Memorandum on the prevention of leprosy by segregation of the affected
Disease focus: Leprosy
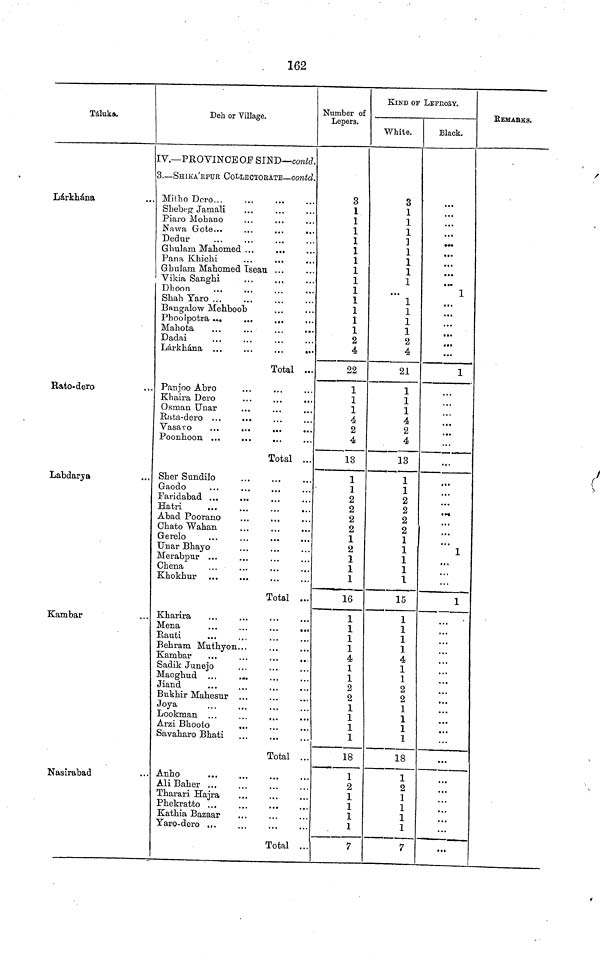
162
Táluka.
Lárkhána
Bato-dero
Labdarya
Kambar
Nasirabad
Deh or Village.
IV.—PROVINCE OF SIND—contd.
3. SHIKA'KPUK COLLECTOBATE—contd.
. Mitho Doro
Shebeg Jamali
Piaro Mohano
Nawa Gote...
...
...
...
Dedur
Ghulam Mahomed ...
Pana Khichi
Ghulam Mahomed Isean ...
Vikia Sanghi
Dhoon
Sbah Yaro ...
Bangalow Mehboob
Phoolpotra...
...
...
Mahota
...
...
...
...
Dadai
Total ...
Panjoo Abro
Khaira Dero
Osman Unar
Total ...
Sher Simdilo
Gaodo
Faridabad ...
Abad Poorano
Chato Wahan
Gerelo
Unar Bhayo
Merabpur ...
Chena
Khokhur
Total ...
Kharira
Mena
...
...
...
...
Hauti
Behram Muthyon...
Sadik Junejo
Maoghud ...
Jiand
Bukhir Mahesur ...
Joya
Lookman ...
...
...
Arzi Bhooto
...
Savaharo Bhati
Total ..
Anho
...
Ali Baher ...
Tharari Hajra
Phekratto ...
...
...
Kathia Bazaar
Taro-dero ...
Total .
Number of
Lepers.
3
1
1
1
1
1
1
1
1
1
1
1
1
1
2
4
22
1
1
1
4
2
4
13
1
1
2
2
2
2
1
2
1
1
1
16
1
1
1
1
4
1
1
2
2
1
1
1
1
18
1
2
1
1
1
1
7
KIND OF LEPROSY.
White.
S
1
1
1
1
1
1
1
...
1
1
1
1
2
4
21
1
1
1
4
2
4
13
1
1
2
2
2
2
1
1
1
1
1
15
1
1
1
1
4
1
1
2
2
1
1
1
1
18
1
2
1
1
1
1
7
Black.
...
...
...
...
• ••
...
...
• •*
1
...
...
...
...
...
...
1
...
...
. ••
• . .
1
...
1
...
...
...
...
...
...
REMARKS.